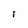
Character: I